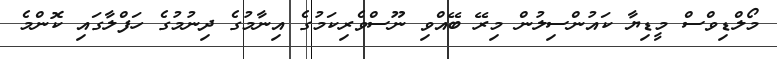
މޯލްޑިވްސް މީޑިޔާ ކައުންސިލުން މިރޭ ބޭއްވި ނޫސްވެރިކަމުގެ އިނާމުގެ ދިނުމުގެ ހަފްލާގައި ކޮންމެ